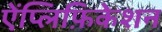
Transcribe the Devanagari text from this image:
ऐंप्लिफ़िकेशन